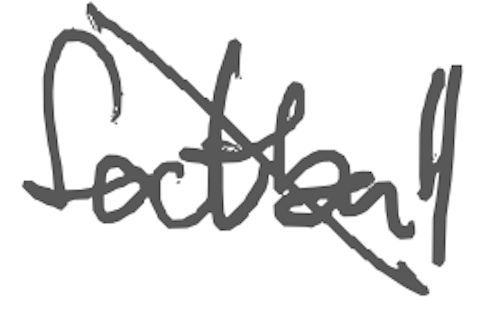
Text: football
Cross-out: diagonal
Writing tool: digital_gray